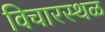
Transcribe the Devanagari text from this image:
विचारस्थळ